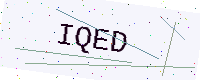
Text: IQED